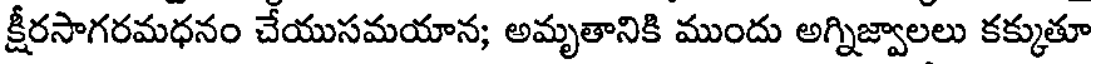
క్షీరసాగరమధనం చేయుసమయాన; అమృతానికి ముందు అగ్నిజ్వాలలు కక్కుతూ